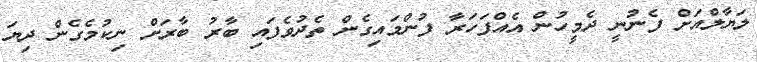
ލަޔާލްއަށް ފެނުނީ ދެމީހުން އެއްފަހަރާ ފުންމައިގެން ތެދުވެފައި ބާރު ބާރަށް ނިކުމެގެން ދިޔަ